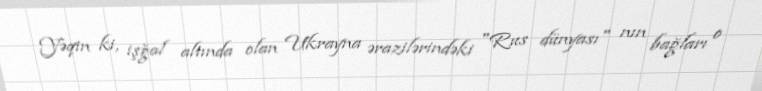
Yəqin ki, işğal altında olan Ukrayna ərazilərindəki "Rus dünyası" nın bağları o